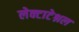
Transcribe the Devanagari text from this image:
लेक्टाटेश्नल